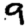
Digit: 9